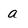
Character: a